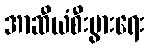
အာဆီယံစီးပွားရေး